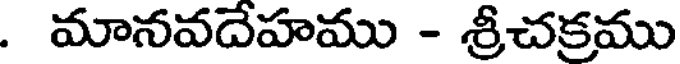
. మానవదేహము - శ్రీచక్రము